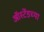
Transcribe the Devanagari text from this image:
ऑर्स्टेडच्या